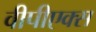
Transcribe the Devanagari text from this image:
वीपीएक्स